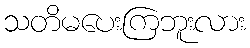
သတိမပေးကြဘူးလား